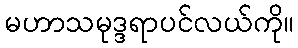
မဟာသမုဒ္ဒရာပင်လယ်ကို။